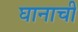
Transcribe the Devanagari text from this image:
घानाची